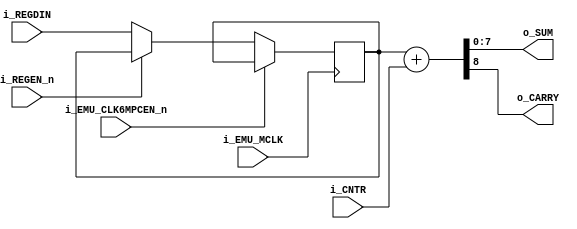
/*
    Copyright (C) 2022 Sehyeon Kim(Raki)
    
    This program is free software; you can redistribute it and/or
    modify it under the terms of the GNU General Public License
    as published by the Free Software Foundation; either version 2
    of the License, or any later version.
    
    This program is distributed in the hope that it will be useful,
    but WITHOUT ANY WARRANTY; without even the implied warranty of
    MERCHANTABILITY or FITNESS FOR A PARTICULAR PURPOSE. See the
    GNU General Public License for more details.
    
    You should have received a copy of the GNU General Public License
    along with this program; if not, write to the Free Software
    Foundation, Inc., 51 Franklin Street, Fifth Floor, Boston, MA 02110-1301, USA.
*/

/*
    Mitsubishi M67673 tilemap raster scroller
*/

module M67673 #(parameter [7:0] initval = 8'd0)
(
    input   wire            i_EMU_MCLK,
    input   wire            i_EMU_CLK6MPCEN_n,

    input   wire            i_REGEN_n,
    input   wire    [7:0]   i_REGDIN,

    input   wire    [7:0]   i_CNTR,

    output  wire    [7:0]   o_SUM,
    output  wire            o_CARRY
);


//scroll value register: it originally samples data at the rising edge of Z80's /CS | /WR
//synchronized to the CLK6M
reg     [7:0]   scroll_reg; //declare as a memory space

always @(posedge i_EMU_MCLK)
begin
    if(!i_EMU_CLK6MPCEN_n)
    begin
        if(!i_REGEN_n)
        begin
            scroll_reg <= i_REGDIN; 
        end
    end
end

assign  {o_CARRY, o_SUM} = scroll_reg + i_CNTR;

initial 
begin
    scroll_reg <= initval;
end

endmodule